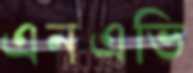
এনএভি